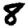
Digit: 8